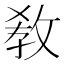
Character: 敎